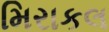
મિરાકલ